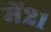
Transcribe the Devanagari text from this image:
में२१